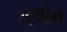
સલોન